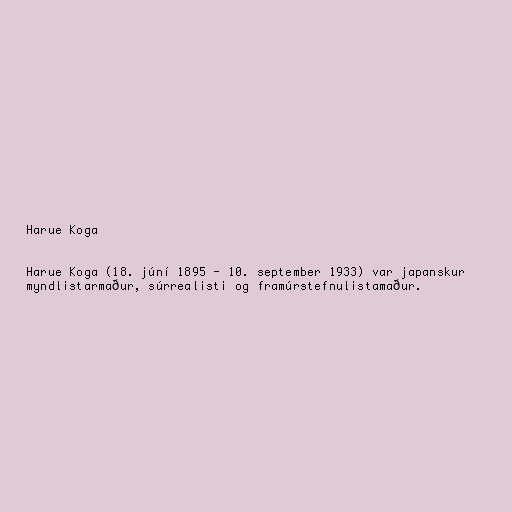
Harue Koga

Harue Koga (18. júní 1895 - 10. september 1933) var japanskur
myndlistarmaður, súrrealisti og framúrstefnulistamaður.